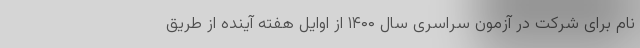
نام برای شرکت در آزمون سراسری سال ۱۴۰۰ از اوایل هفته آینده از طریق